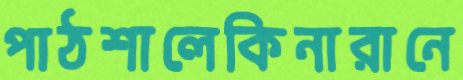
পাঠশালেকিনারানে